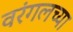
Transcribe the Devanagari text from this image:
वरंगलच्या